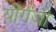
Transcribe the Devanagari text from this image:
यींगजो